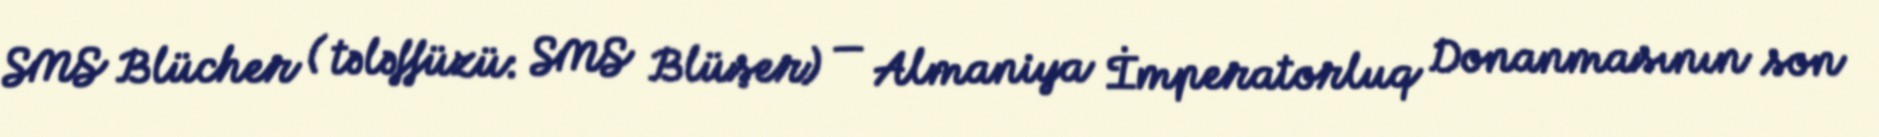
SMS Blücher ( tələffüzü: SMS Blüşer) — Almaniya İmperatorluq Donanmasının son